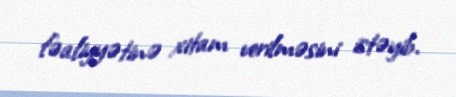
fəaliyyətinə xitam verilməsini istəyib.